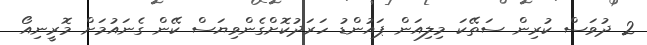
2 ދުވަަސް ކުރިން ސަތޭކަ މިލިއަން ޕައުންޑު ހަރަދުކޮށްގެންވިޔަސް ކޭން ގެނައުމަށް މޮރީނިއޯ